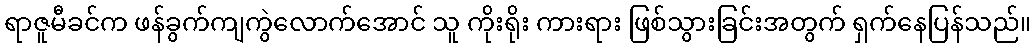
ရာဇူမီခင်က ဖန်ခွက်ကျကွဲလောက်အောင် သူ ကိုးရိုး ကားရား ဖြစ်သွားခြင်းအတွက် ရှက်နေပြန်သည်။